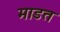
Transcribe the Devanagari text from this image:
माडत